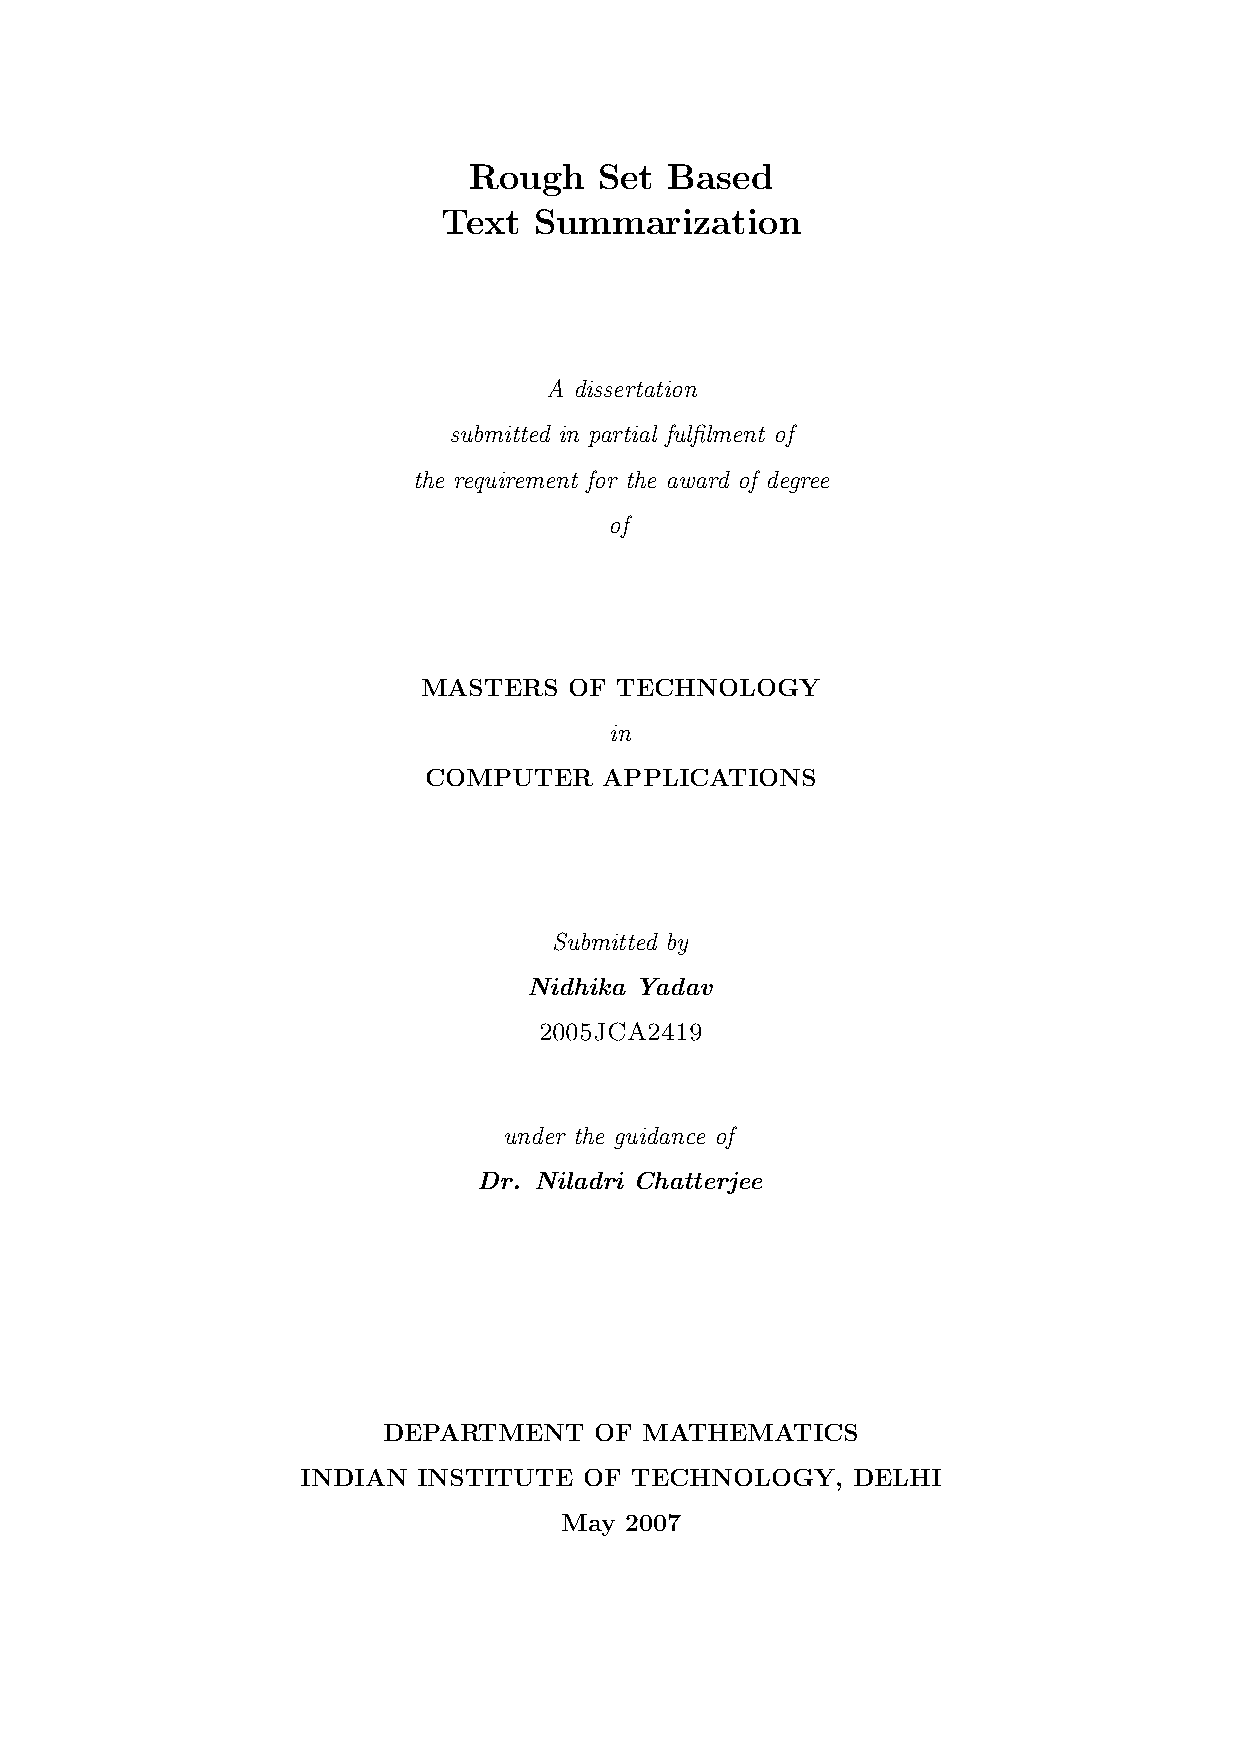
Rough    Set Based
 Text  Summarization
 A dissertation
 submitted in partial fulfilment of
 the requirement for the award of degree
 of
 MASTERS   OF TECHNOLOGY
 in
 COMPUTER    APPLICATIONS
 Submitted by
 Nidhika Yadav
 2005JCA2419
 under the guidance of
 Dr. Niladri Chatterjee
 DEPARTMENT    OF  MATHEMATICS
 INDIAN  INSTITUTE  OF TECHNOLOGY,   DELHI
 May 2007